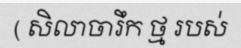
( សិលាចារឹក ថ្ម របស់